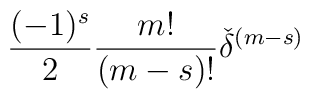
\frac {(-1)^s} {2} \frac {m!} {(m-s)!}{\check{\delta}}^{(m-s)}